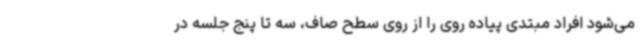
می‌شود افراد مبتدی پیاده روی را از روی سطح صاف، سه تا پنج جلسه در